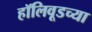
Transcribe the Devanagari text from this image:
हॉलिवूडच्या